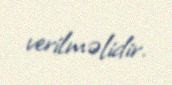
verilməlidir.